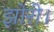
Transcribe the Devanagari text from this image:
झोरी।